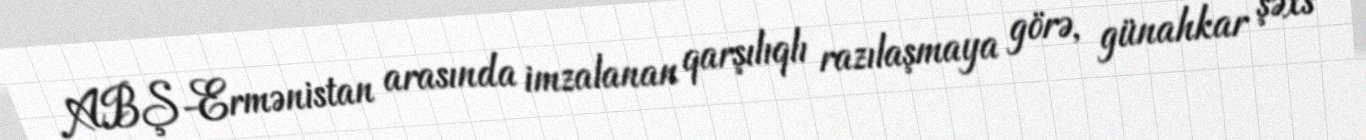
ABŞ-Ermənistan arasında imzalanan qarşılıqlı razılaşmaya görə, günahkar şəxs